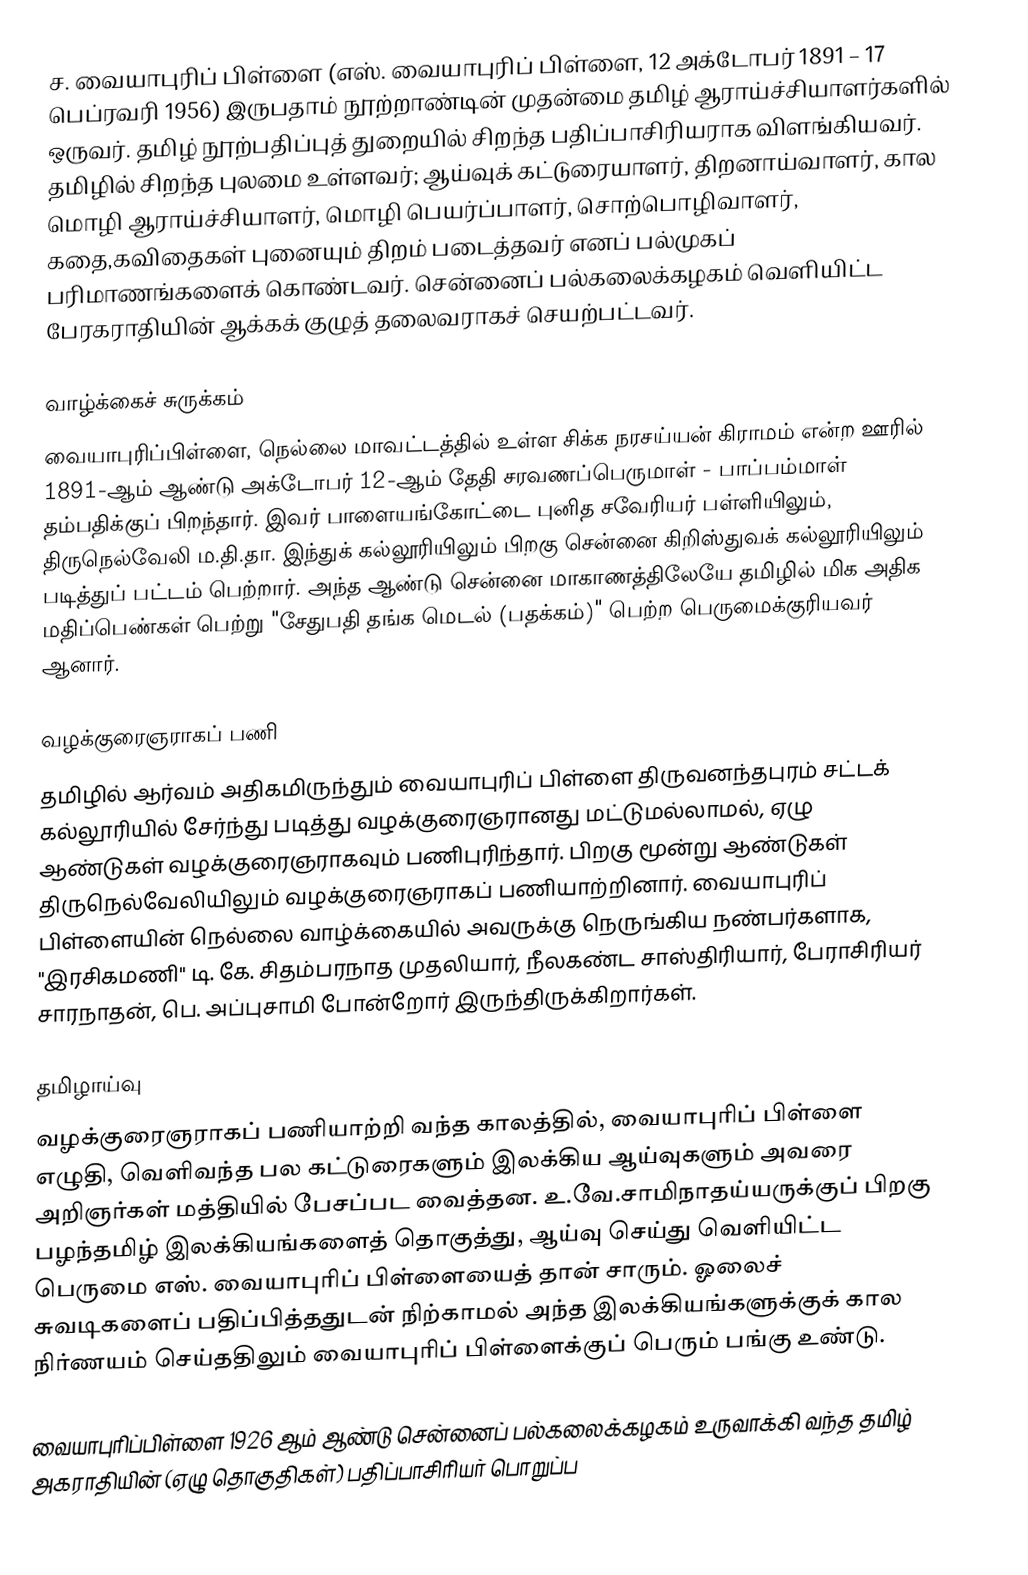
ச. வையாபுரிப் பிள்ளை (எஸ். வையாபுரிப் பிள்ளை, 12 அக்டோபர் 1891 – 17 பெப்ரவரி 1956) இருபதாம் நூற்றாண்டின் முதன்மை தமிழ் ஆராய்ச்சியாளர்களில் ஒருவர். தமிழ் நூற்பதிப்புத் துறையில் சிறந்த பதிப்பாசிரியராக விளங்கியவர். தமிழில் சிறந்த புலமை உள்ளவர்; ஆய்வுக் கட்டுரையாளர், திறனாய்வாளர், கால மொழி ஆராய்ச்சியாளர், மொழி பெயர்ப்பாளர், சொற்பொழிவாளர், கதை,கவிதைகள் புனையும் திறம் படைத்தவர் எனப் பல்முகப் பரிமாணங்களைக் கொண்டவர். சென்னைப் பல்கலைக்கழகம் வெளியிட்ட பேரகராதியின் ஆக்கக் குழுத் தலைவராகச் செயற்பட்டவர்.

வாழ்க்கைச் சுருக்கம்
வையாபுரிப்பிள்ளை, நெல்லை மாவட்டத்தில் உள்ள சிக்க நரசய்யன் கிராமம் என்ற ஊரில் 1891-ஆம் ஆண்டு அக்டோபர் 12-ஆம் தேதி சரவணப்பெருமாள் - பாப்பம்மாள் தம்பதிக்குப் பிறந்தார். இவர் பாளையங்கோட்டை புனித சவேரியர் பள்ளியிலும், திருநெல்வேலி ம.தி.தா. இந்துக் கல்லூரியிலும் பிறகு சென்னை கிறிஸ்துவக் கல்லூரியிலும் படித்துப் பட்டம் பெற்றார். அந்த ஆண்டு சென்னை மாகாணத்திலேயே தமிழில் மிக அதிக மதிப்பெண்கள் பெற்று "சேதுபதி தங்க மெடல் (பதக்கம்)" பெற்ற பெருமைக்குரியவர் ஆனார்.

வழக்குரைஞராகப் பணி
தமிழில் ஆர்வம் அதிகமிருந்தும் வையாபுரிப் பிள்ளை திருவனந்தபுரம் சட்டக் கல்லூரியில் சேர்ந்து படித்து வழக்குரைஞரானது மட்டுமல்லாமல், ஏழு ஆண்டுகள் வழக்குரைஞராகவும் பணிபுரிந்தார். பிறகு மூன்று ஆண்டுகள்  திருநெல்வேலியிலும் வழக்குரைஞராகப் பணியாற்றினார். வையாபுரிப் பிள்ளையின் நெல்லை வாழ்க்கையில் அவருக்கு நெருங்கிய நண்பர்களாக, "இரசிகமணி" டி. கே. சிதம்பரநாத முதலியார், நீலகண்ட சாஸ்திரியார், பேராசிரியர் சாரநாதன், பெ. அப்புசாமி போன்றோர் இருந்திருக்கிறார்கள்.

தமிழாய்வு
வழக்குரைஞராகப் பணியாற்றி வந்த காலத்தில், வையாபுரிப் பிள்ளை எழுதி, வெளிவந்த பல கட்டுரைகளும் இலக்கிய ஆய்வுகளும் அவரை அறிஞர்கள் மத்தியில் பேசப்பட வைத்தன. உ.வே.சாமிநாதய்யருக்குப் பிறகு பழந்தமிழ் இலக்கியங்களைத் தொகுத்து, ஆய்வு செய்து வெளியிட்ட பெருமை எஸ். வையாபுரிப் பிள்ளையைத் தான் சாரும். ஓலைச் சுவடிகளைப் பதிப்பித்ததுடன் நிற்காமல் அந்த இலக்கியங்களுக்குக் கால நிர்ணயம் செய்ததிலும் வையாபுரிப் பிள்ளைக்குப் பெரும் பங்கு உண்டு.

வையாபுரிப்பிள்ளை 1926 ஆம் ஆண்டு சென்னைப் பல்கலைக்கழகம் உருவாக்கி வந்த தமிழ் அகராதியின் (ஏழு தொகுதிகள்) பதிப்பாசிரியர் பொறுப்ப